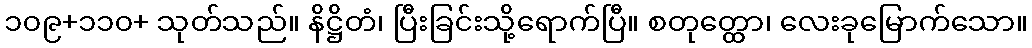
၁၀၉+၁၁၀+ သုတ်သည်။ နိဋ္ဌိတံ၊ ပြီးခြင်းသို့ရောက်ပြီ။ စတုတ္ထော၊ လေးခုမြောက်သော။